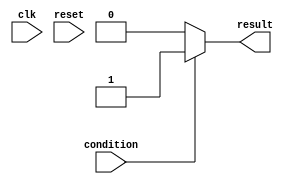
module conditional_wait_example (
    input wire clk,
    input wire reset,
    input wire condition,  // Condition to wait for
    output reg result      // Output result after condition is met
);

    // Behavioral block to demonstrate conditional wait
    always @(*) begin
        // Blocking wait until the condition is true
        if (condition) begin
            // Condition is met, execute the following actions
            result = 1'b1; // Set result to true
        end else begin
            // Condition is not met, block execution
            result = 1'b0; // Set result to false
        end
    end

endmodule